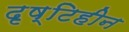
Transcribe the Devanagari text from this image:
दृष्‍टिहीन